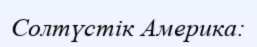
Солтүстік Америка: